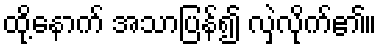
ထို့နောက် အသာပြန်၍ လှဲလိုက်၏။